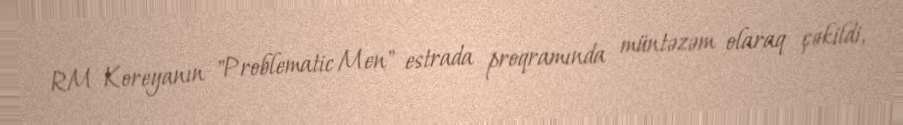
RM Koreyanın "Problematic Men" estrada proqramında müntəzəm olaraq çəkildi,